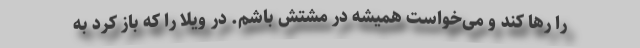
را رها کند و می‌خواست همیشه در مشتش باشم. درِ ویلا را که باز کرد به